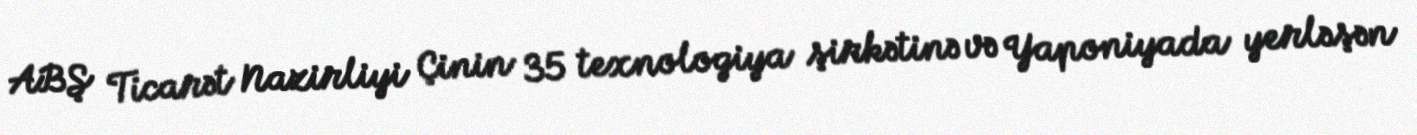
ABŞ Ticarət Nazirliyi Çinin 35 texnologiya şirkətinə və Yaponiyada yerləşən